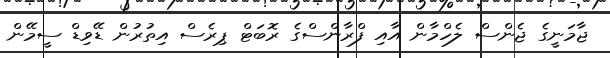
ޖާމަނީގެ ޖެންސް ލެހްމާން އާއި ފްރާންސްގެ ރޮބަޓް ޕިރެސް އިތުރުން ޑޭވިޑް ސީމޭން